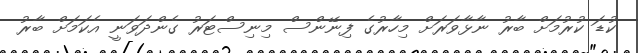
ކުޑަ ކުރުމަށް ބާރު ނާޅާވަރަށް މިހާރުގެ ފިނޭންސް މިނިސްޓަރު ގެންދަވަނީ އެކަމަށް ބާރު